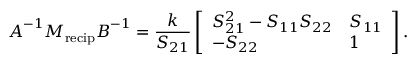
\boldsymbol { A } ^ { - 1 } \boldsymbol { M } _ { \mathrm { r e c i p } } \boldsymbol { B } ^ { - 1 } = \frac { k } { S _ { 2 1 } } \left[ \begin{array} { l l } { S _ { 2 1 } ^ { 2 } - S _ { 1 1 } S _ { 2 2 } } & { S _ { 1 1 } } \\ { - S _ { 2 2 } } & { 1 } \end{array} \right] .